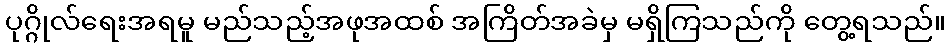
ပုဂ္ဂိုလ်ရေးအရမူ မည်သည့်အဖုအထစ် အကြိတ်အခဲမှ မရှိကြသည်ကို တွေ့ရသည်။